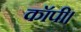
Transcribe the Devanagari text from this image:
कॉपी।